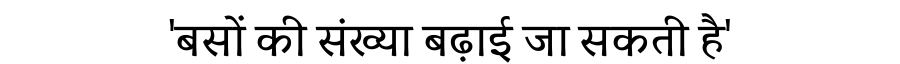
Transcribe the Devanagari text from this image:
'बसों की संख्या बढ़ाई जा सकती है'